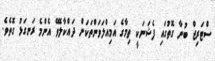
ސްޓަރިޖް ބުނާ ގޮތުގައި ފެޝަނަކީ ތިމާގެ އަމިއްލަވަންތަކަން ދައްކާލެވޭ އެންމެ ރަނގަޅު ގޮތެވެ.